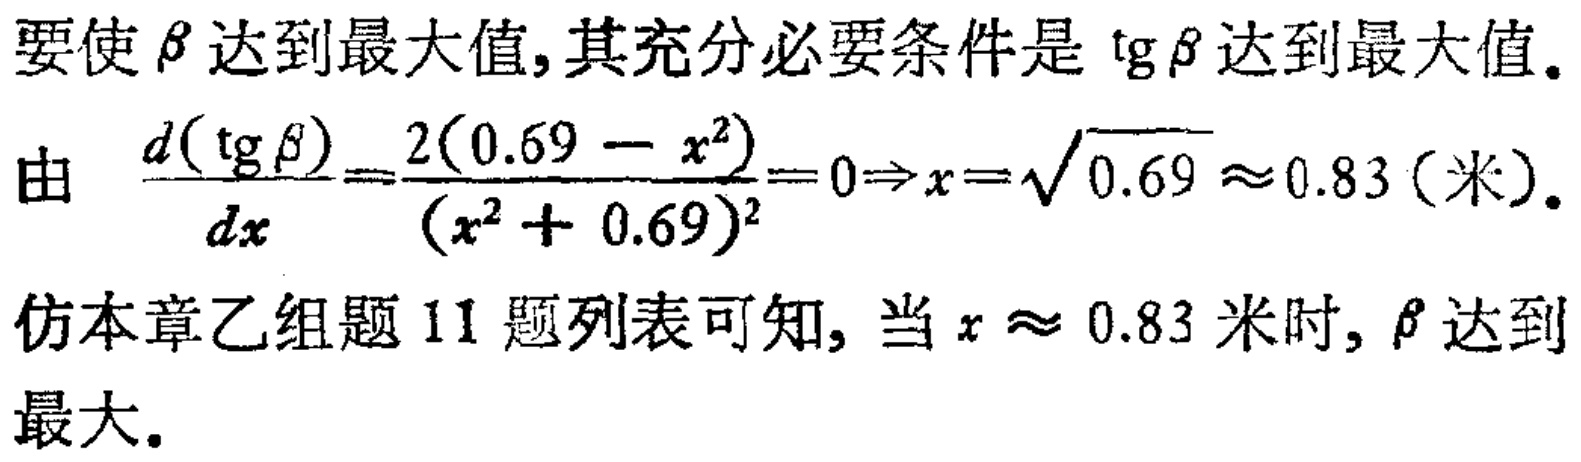
要使\(\beta\)达到最大值, 其充分必要条件是\(\text{tg}\beta\)达到最大值.
由 \(\frac{d(\text{tg}\beta)}{dx}=\frac{2(0.69 - x^{2})}{(x^{2}+ 0.69)^{2}} = 0\Rightarrow x = \sqrt{0.69}\approx0.83\)（米）.
仿本章乙组题11题列表可知, 当\(x\approx 0.83\)米时, \(\beta\)达到最大.